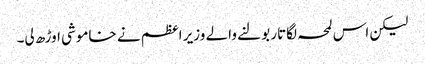
لیکن اس لمحہ لگاتار بولنے والے وزیر اعظم نے خاموشی اوڑھ لی۔